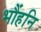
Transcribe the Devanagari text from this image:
भौंहनि